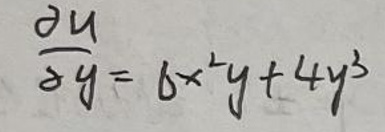
\[
\frac{\partial u}{\partial y}=6x^{2}y + 4y^{3}
\]